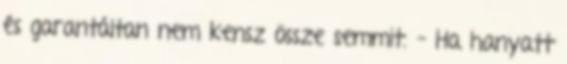
és garantáltan nem kensz össze semmit. – Ha hanyatt